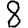
Digit: 8